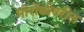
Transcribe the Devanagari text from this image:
मोरोक्कोवरील